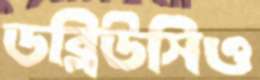
ডব্লিউসিও